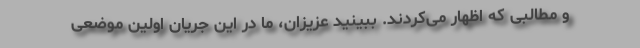
و مطالبی که اظهار می‌کردند. ببینید عزیزان، ما در این جریان اولین موضعی